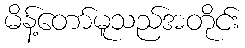
မိန့်တော်မူသည်အတိုင်း